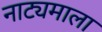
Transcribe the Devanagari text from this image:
नाट्यमाला